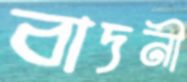
বাদনী